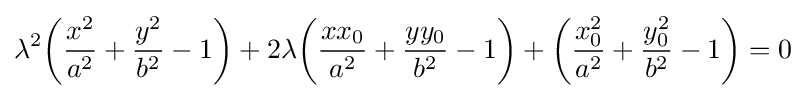
\lambda ^{2}{\bigg (}{\frac {x^{2}}{a^{2}}}+{\frac {y^{2}}{b^{2}}}-1{\bigg )}+2\lambda {\bigg (}{\frac {xx_{0}}{a^{2}}}+{\frac {yy_{0}}{b^{2}}}-1{\bigg )}+{\bigg (}{\frac {x_{0}^{2}}{a^{2}}}+{\frac {y_{0}^{2}}{b^{2}}}-1{\bigg )}=0